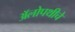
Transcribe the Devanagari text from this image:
अॅलोपथीचे